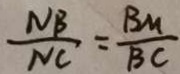
\frac { N B } { N C } = \frac { B M } { B C }